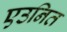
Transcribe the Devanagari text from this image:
एउनित